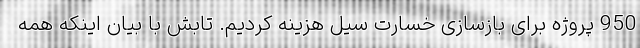
950 پروژه برای بازسازی خسارت سیل هزینه کردیم. تابش با بیان اینکه همه